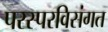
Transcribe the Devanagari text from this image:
परस्परविसंगत